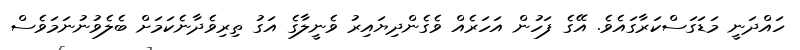
ހައްދަނީ މަޑަގަސްކަރާގައެވެ. އޭގެ ފަހުން އަހަރެއް ވެގެންދިޔައިރު ވެނީލާގެ އަގު ތިރިވެދާނެކަމަށް ބެލެވުނުނަމަވެސް